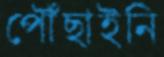
পৌঁছাইনি